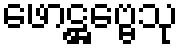
ဖောဋ္ဌဗ္ဗေသု